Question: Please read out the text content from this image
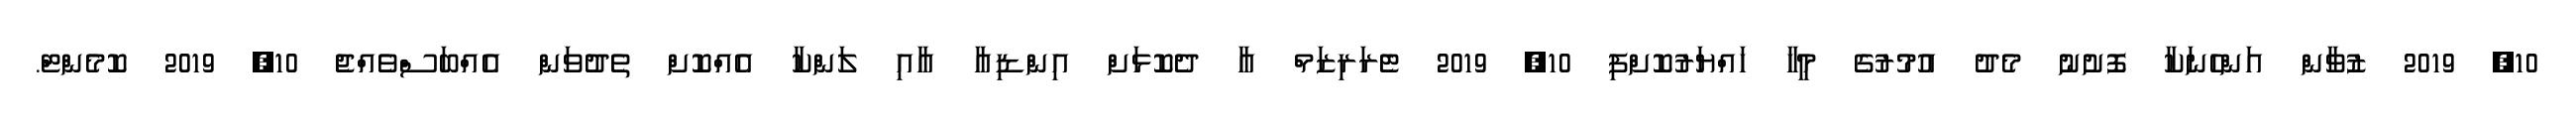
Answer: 10, 2019 ޒުވާން އަންހެނަކާ ފޮށުނު މެދު އުމުރުގެ މީހާ ހައްޔަރުކޮށްފި 10, 2019 ޓެރަރިޒަމް އާ ދެކޮޅަށް އިންޑިއާ އާއި ލަންކާ އެއްކޮށް ތެދުވަން އެއްބަސްވެއްޖެ 10, 2019 ކޮމެންޓް.